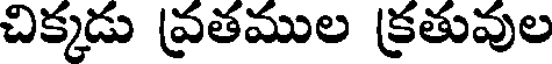
చిక్కడు వ్రతముల క్రతువుల